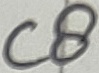
Text: C8